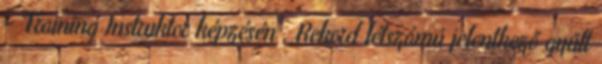
- Training Instruktor képzésén . Rekord létszámú jelentkező gyűlt